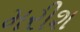
મરીશ